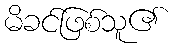
မိခင်ဖြစ်သူ၏